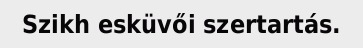
Szikh esküvői szertartás.